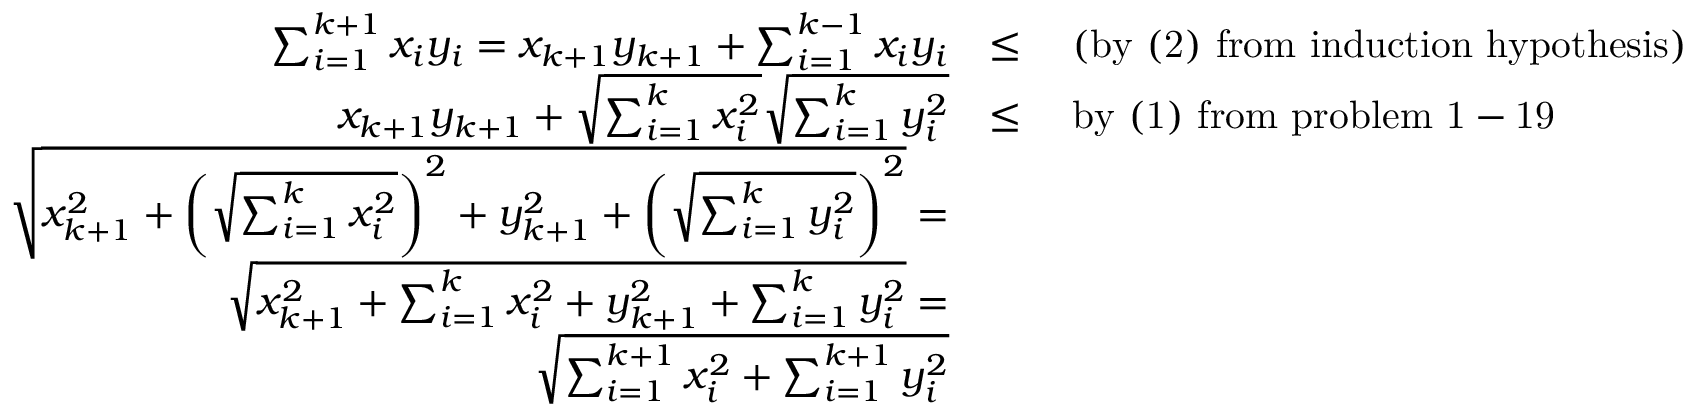
\begin{array} { r l } { \sum _ { i = 1 } ^ { k + 1 } { x _ { i } y _ { i } } = x _ { k + 1 } y _ { k + 1 } + \sum _ { i = 1 } ^ { k - 1 } { x _ { i } y _ { i } } } & { \le \quad \mathrm { ( b y ~ ( 2 ) ~ f r o m ~ i n d u c t i o n ~ h y p o t h e s i s ) } } \\ { x _ { k + 1 } y _ { k + 1 } + \sqrt { \sum _ { i = 1 } ^ { k } { x _ { i } ^ { 2 } } } \sqrt { \sum _ { i = 1 } ^ { k } { y _ { i } ^ { 2 } } } } & { \le \quad \mathrm { b y ~ ( 1 ) ~ f r o m ~ p r o b l e m ~ 1 - 1 9 } } \\ { \sqrt { x _ { k + 1 } ^ { 2 } + \left( \sqrt { \sum _ { i = 1 } ^ { k } { x _ { i } ^ { 2 } } } \right) ^ { 2 } + y _ { k + 1 } ^ { 2 } + \left( \sqrt { \sum _ { i = 1 } ^ { k } { y _ { i } ^ { 2 } } } \right) ^ { 2 } } = } \\ { \sqrt { x _ { k + 1 } ^ { 2 } + \sum _ { i = 1 } ^ { k } { x _ { i } ^ { 2 } } + y _ { k + 1 } ^ { 2 } + \sum _ { i = 1 } ^ { k } { y _ { i } ^ { 2 } } } = } \\ { \sqrt { \sum _ { i = 1 } ^ { k + 1 } { x _ { i } ^ { 2 } } + \sum _ { i = 1 } ^ { k + 1 } { y _ { i } ^ { 2 } } } } \end{array}